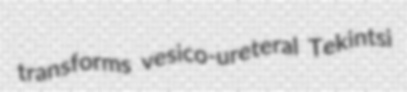
transforms vesico-ureteral Tekintsi